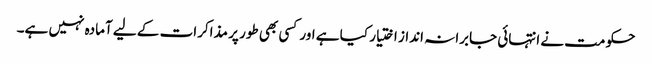
حکومت نے انتہائی جابرانہ انداز اختیار کیا ہے اور کسی بھی طور پر مذاکرات کے لیے آمادہ نہیں ہے۔